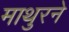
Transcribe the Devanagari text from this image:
माथुरने